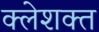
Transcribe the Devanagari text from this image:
क्लेशक्त